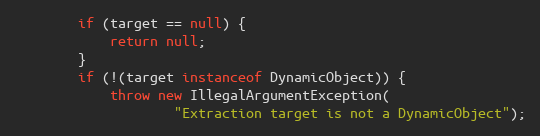
Language: Java
        if (target == null) {
            return null;
        }
        if (!(target instanceof DynamicObject)) {
            throw new IllegalArgumentException(
                    "Extraction target is not a DynamicObject");